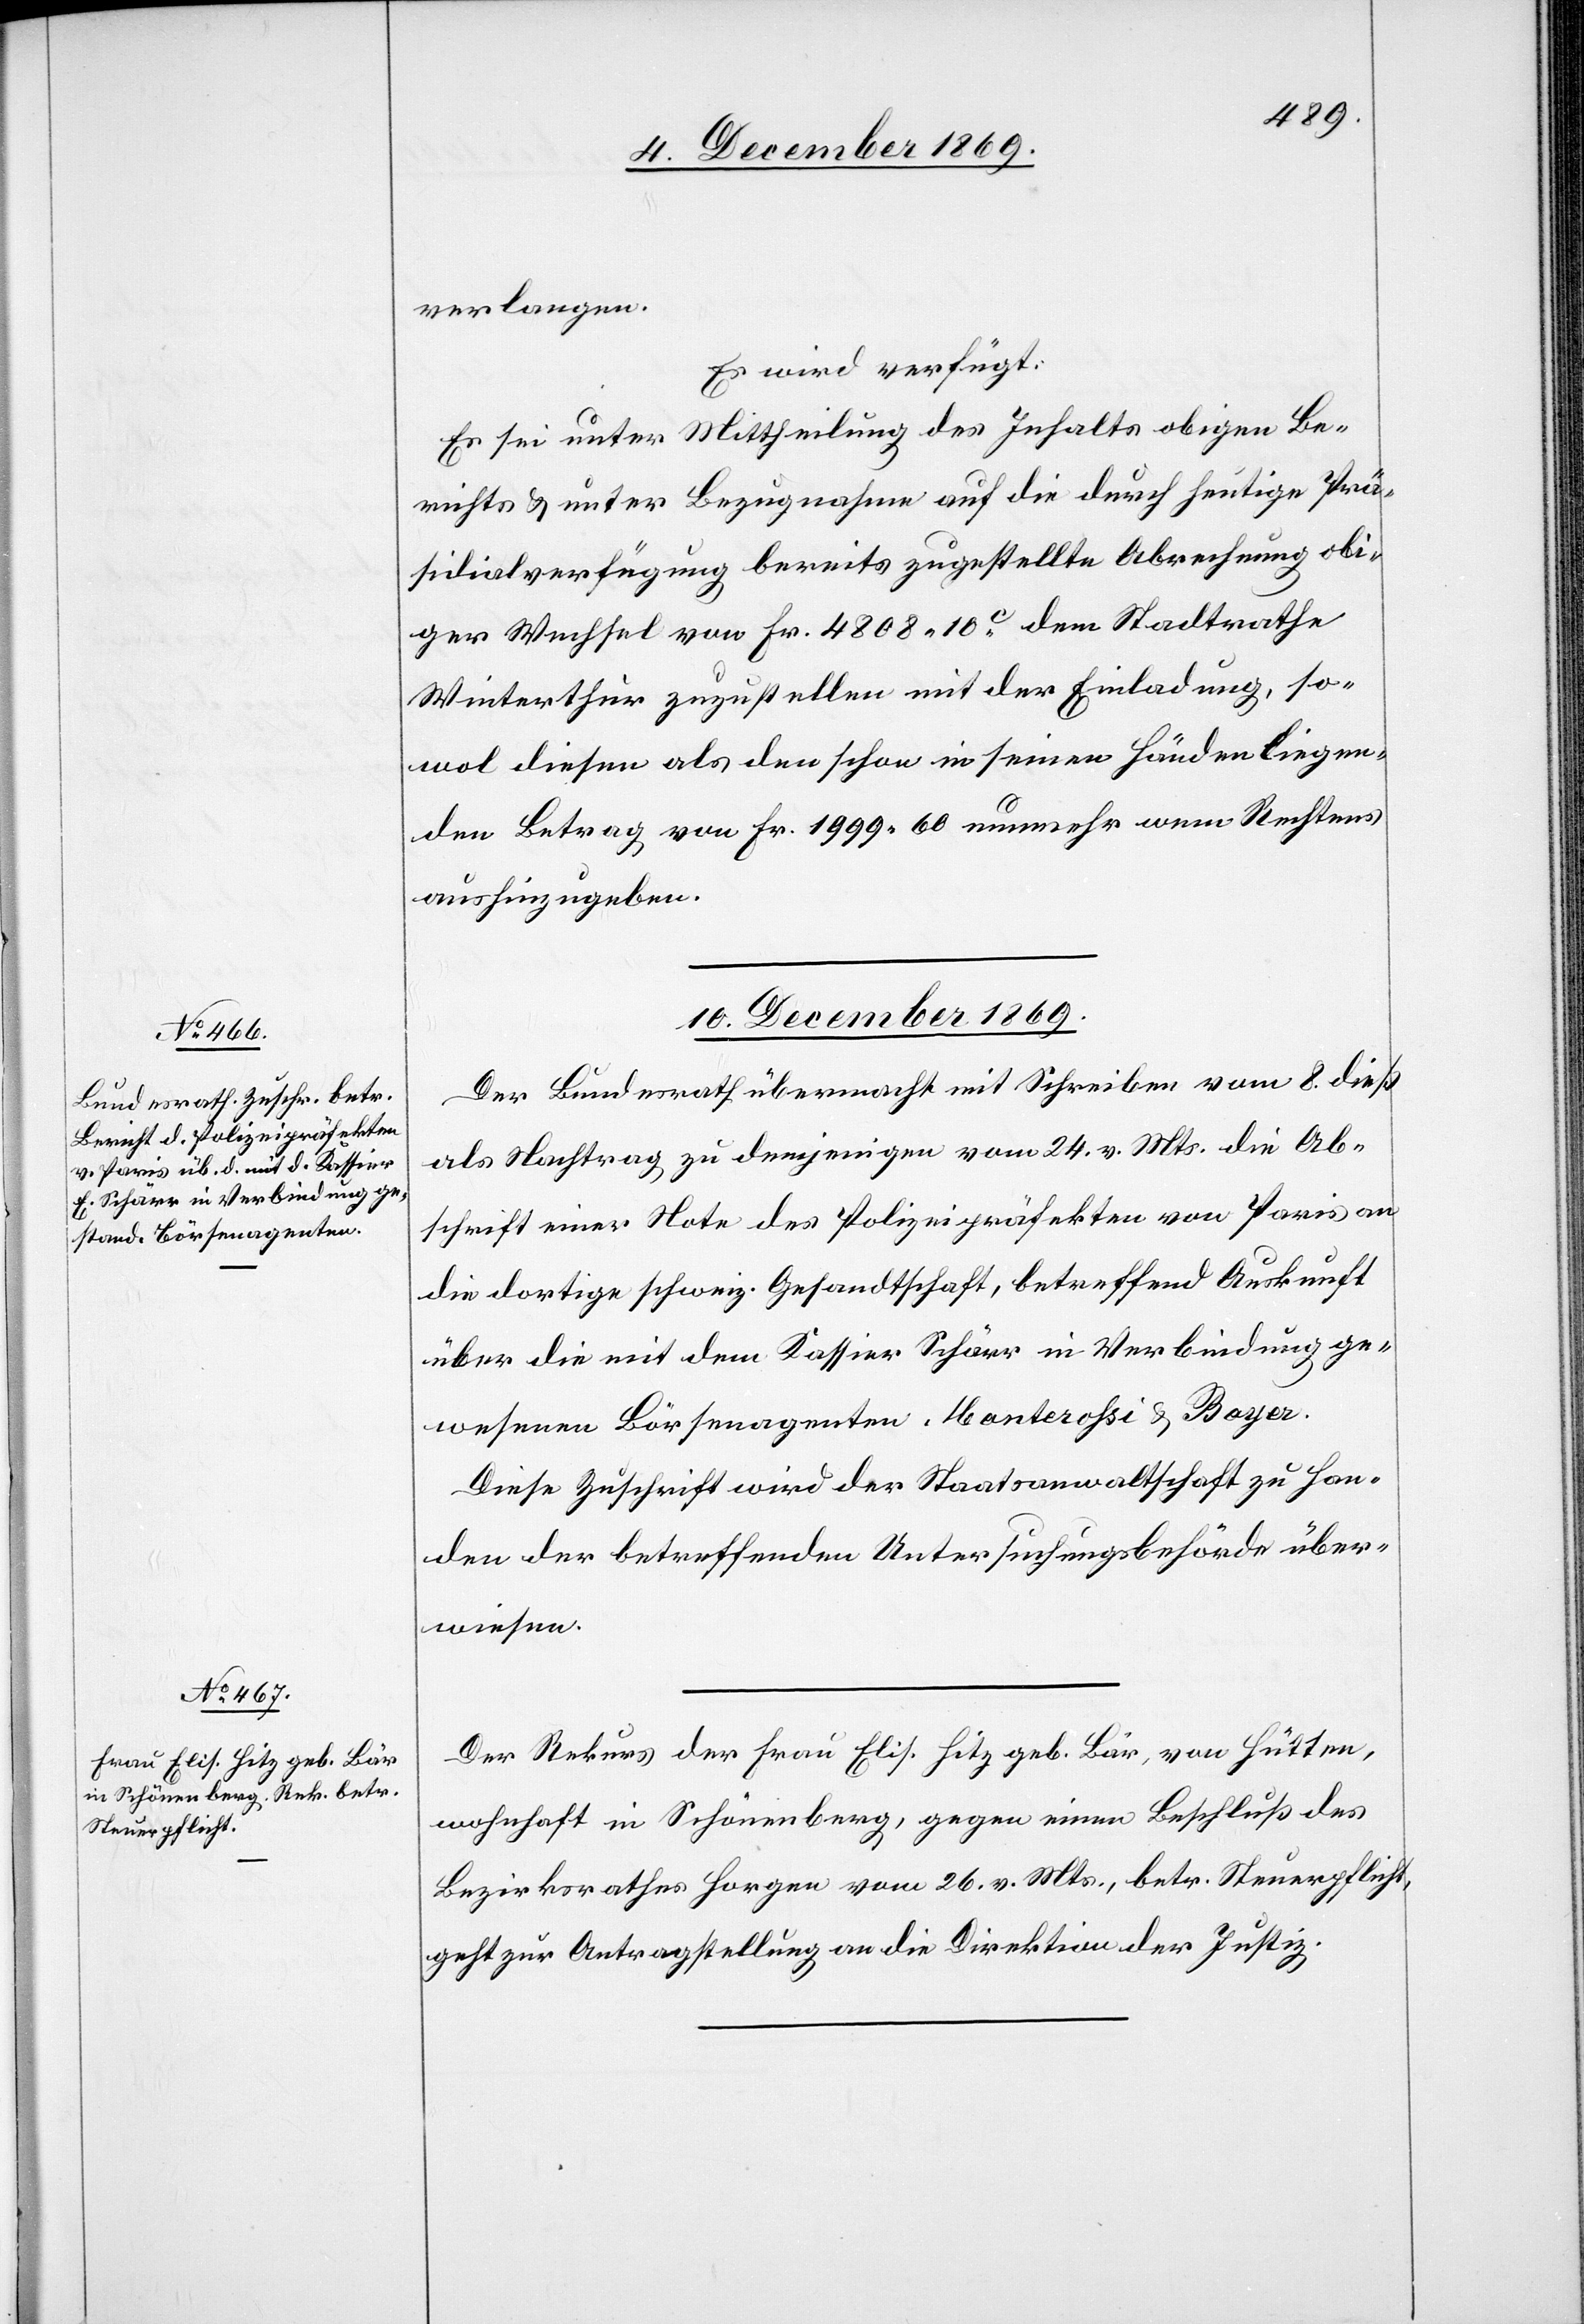
verlangen.
Es wird verfügt:
Es sei unter Mittheilung des Inhalts obigen Be¬
richts & unter Bezugnahme auf die durch heutige Prä¬
sidialverfügung bereits zugestellte Abrechnung obi¬
ger Wechsel von Fr. 4808 10C dem Stadtrathe
Winterthur zuzustellen mit der Einladung, so¬
wol diesen als den schon in seinen Händen liegen¬
den Betrag von Fr. 1999 60 nunmehr wem Rechtens
aushinzugeben.
10. December 1869.]
Der Bundesrath übermacht mit Schreiben vom 8. dieß
als Nachtrag zu demjenigen vom 24. v. Mts. die Ab¬
schrift einer Note des Polizeipräfekten von Paris an
die dortige schweiz. Gesandtschaft, betreffend Auskunft
über die mit dem Kassier Schärr in Verbindung ge¬
wesenen Börsenagenten Manterossi & Boyer.
Diese Zuschrift wird der Staatsanwaltschaft zu Han¬
den der betreffenden Untersuchungsbehörde über¬
wiesen.
Der Rekurs der Frau Elis. Hitz geb. Bär, von Hütten,
wohnhaft in Schönenberg, gegen einen Beschluß des
Bezirksrathes Horgen vom 26. v. Mts., betr. Steuerpflicht,
geht zur Antragstellung an die Direktion der Justiz.